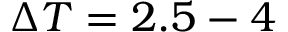
{ \ensuremath { \Delta T } = 2 . 5 - 4 }